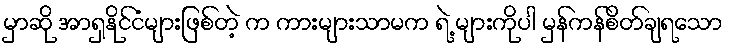
မှာဆို အာရှနိုင်ငံများဖြစ်တဲ့ က ကားများသာမက ရဲ့ များကိုပါ မှန်ကန်စိတ်ချရသော